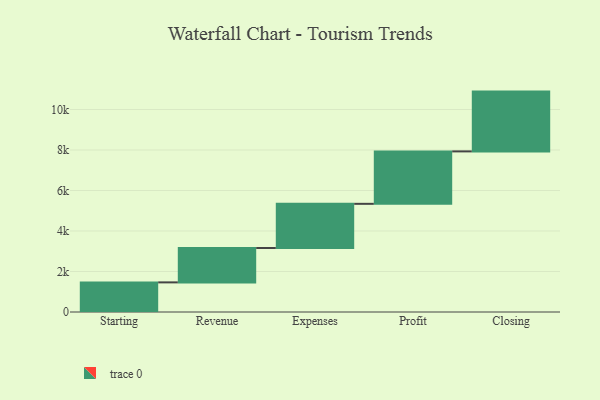
{"axis": {"x": "Step", "y": "Value"}, "legend": [""], "data": [{"x": "Starting", "y": 1463.0, "type": ""}, {"x": "Revenue", "y": 1698.0, "type": ""}, {"x": "Expenses", "y": 2181.0, "type": ""}, {"x": "Profit", "y": 2590.0, "type": ""}, {"x": "Closing", "y": 2953.0, "type": ""}]}